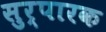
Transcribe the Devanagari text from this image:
सुर्पारक